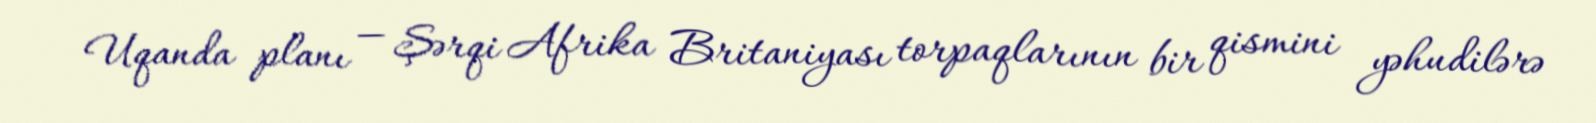
Uqanda planı — Şərqi Afrika Britaniyası torpaqlarının bir qismini yəhudilərə